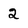
Character: 2